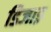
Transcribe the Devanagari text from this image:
डिजाइ